system: You are a helpful assistant.
user:
Analyze the provided spectrum to determine if it is a **White Dwarf (WD)**.

A White Dwarf spectrum is defined by its **extreme purity** (due to gravitational settling) and/or **extreme pressure broadening** (due to high surface gravity). You must check for one of the following mutually exclusive signatures:

- **Key Visual Indicators (Check for ONE of these types):**

    - **1. DA-Type Signature (Most Common):**
        - **(Primary Feature):** Extreme pressure broadening (Stark broadening) of the **Hydrogen (H) Balmer lines**.
        - **(Key Lines):** $H\beta$ (approx. $4861$ Å) and $H\gamma$ (approx. $4340$ Å). $H\alpha$ (approx. $6563$ Å) will also be present if the wavelength range covers it.
        - **(Line Profile):** This is the **defining feature**. The lines are **NOT** sharp. They appear as massive, **extremely broad and deep "troughs" or "dips"** in the spectrum, often hundreds of Ångströms wide. The continuum will appear to "scoop" down at these wavelengths.
        - **(Distinction):** Normal A-type or B-type stars have *narrow* and *sharp* Hydrogen lines. A DA White Dwarf's lines are unmistakably "smeared" or "blurry" from pressure.

    - **2. DB-Type Signature:**
        - **(Primary Feature):** Broad absorption lines from **Neutral Helium (He I)**. The spectrum must lack any visible Hydrogen lines.
        - **(Key Lines):** Look for broad absorption near $4471$ Å, $4921$ Å, and $5876$ Å.
        - **(Line Profile):** These lines are also significantly pressure-broadened, appearing much wider than they would in a normal B-type main-sequence star.

    - **3. DC-Type Signature:**
        - **(Primary Feature):** A **featureless continuous spectrum**.
        - **(Line Profile):** The spectrum is a smooth curve with **no significant absorption or emission lines**.
        - **(Key Confirmation):** The continuum is almost always **blue or white**, indicating a hot object. This signature implies the atmosphere is so pure (or so cool) that no spectral lines are visible in the optical range. Its WD identity is confirmed by its extremely low intrinsic brightness (high absolute magnitude).

    - **4. DZ-Type Signature (Metal-Polluted):**
        - **(Primary Feature):** **Isolated, narrow metal absorption lines** on an otherwise featureless (DC-like) continuum.
        - **(Key Lines):** The **Calcium (Ca II) H & K doublet** (approx. **$3934$ Å** and **$3968$ Å**) is the most common and defining feature.
        - **(Line Profile):** These lines are "out of place." They are *not* part of a "forest" of thousands of lines. This signature is evidence of recent *accretion* (pollution) from rocky debris.
        - **(Distinction):** Normal G/K/M stars have a *dense forest* of thousands of metal lines. A DZ has a *clean* continuum with *only a few* strong metal lines.

    - **5. DQ-Type Signature (Carbon-Polluted):**
        - **(Primary Feature):** Absorption bands from **Carbon (C₂ "Swan Bands" or atomic C I)**.
        - **(Key Lines - C₂):** Look for bandheads with a "saw-tooth" shape near $5635$ Å, **$5165$ Å** (strongest), and $4737$ Å.
        - **(Key Confirmation):** The underlying **continuum must be blue or white** (hot).
        - **(Distinction):** This is the critical difference from a **Carbon Star**, which has the *exact same* C₂ bands but on an extremely **red, cool** continuum.

- **(Overall Spectrum):**
    - The continuum (overall shape) is typically **blue-sloping** (brighter in the blue than the red), as most white dwarfs are very hot.
    - The spectrum will look "pure" or "simple," dominated by only *one* of the five signatures listed above.

Think first, call **spectral_visualization_tool** if needed to examine features in detail, then provide your final answer. Your response must adhere to the following strict rules:
1.  **Overall Structure:** Your response must follow the format `<think>...</think> <tool_call>...</tool_call> (if a tool is used) <answer>...</answer>`.
2.  **Tool Usage Constraint:** You may only make **one** tool call per turn.
3.  **Final Answer Format:** In the `<answer>` tag, your conclusion must be inside a `\boxed{}` command (e.g., `\boxed{YES}` or `\boxed{NO}`), followed by your justification.

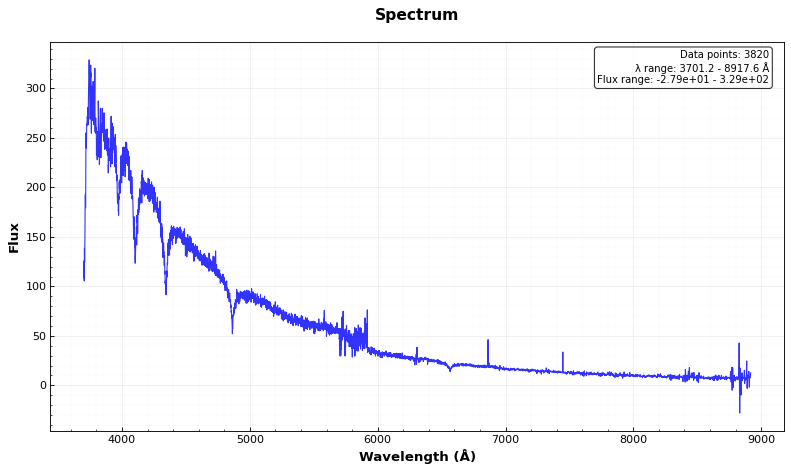
Answer: YES